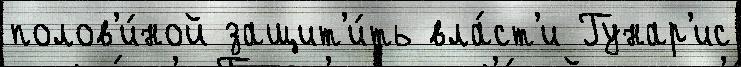
полов'и́ной защит'и́ть вла́ст'и Гунар'ис